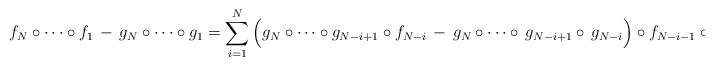
LaTeX: \begin{align*}f_N\circ\cdots\circ f_1 \,- \,g_N\circ\cdots\circ g_1 = \sum_{i=1}^N \Big(g_N\circ\cdots \circ g_{N-i+1}\circ f_{N-i}\, -\, g_N\circ\cdots \circ \,g_{N-i+1}\circ\, g_{N-i}\Big)\circ f_{N-i-1} \circ\cdots\circ f_1,\end{align*}